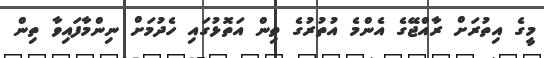
މީގެ އިތުރަށް ރާއްޖޭގެ އެންމެ އުތުރުގެ ތިން އަތޮޅުގައި ހެދުމަށް ނިންމާފައިވާ ތިން